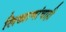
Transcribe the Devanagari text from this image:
लिखाणांचाही